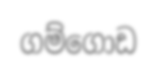
ගම්ගොඩ